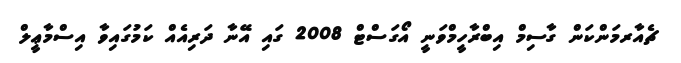
ޗެއާރމަންކަން ގާސިމް އިބްރާހީމްވަނީ އޯގަސްޓް 2008 ގައި އޭނާ ދަރިއެއް ކަމުގައިވާ އިސްމާޢީލް